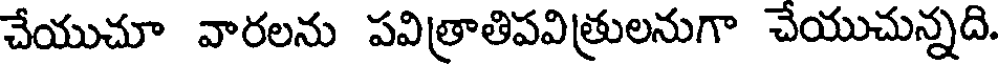
చేయుచూ వారలను పవిత్రాతిపవిత్రులనుగా చేయుచున్నది.